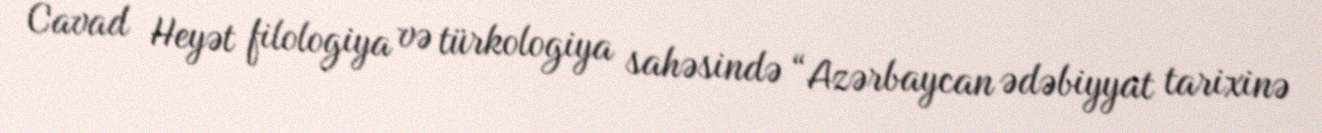
Cavad Heyət filologiya və türkologiya sahəsində “Azərbaycan ədəbiyyat tarixinə